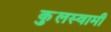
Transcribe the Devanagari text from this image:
कुुलस्वामी